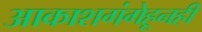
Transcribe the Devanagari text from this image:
आकाशगंगेहूनही